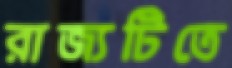
রাজ্যটিতে